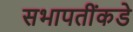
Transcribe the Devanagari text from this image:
सभापतींकडे